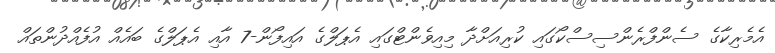
އެމެރިކާގެ ސެންފްރެންސިސްކޯގައި ކުރިއަށްދާ މިއިވެންޓްގައި އެޕަލްގެ އައިފޯން-7 އާއި އެޕަލްގެ ބައެއް އުފެއްދުންތައް